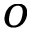
o